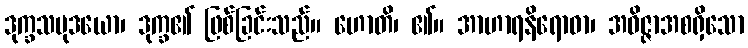
ဒုက္ခသမုဒယော၊ ဒုက္ခ၏ ဖြစ်ခြင်းသည်။ ဟောတိ၊ ၏။ အာဟာရနိရောဓာ၊ အဝိဇ္ဇာအစရှိသော